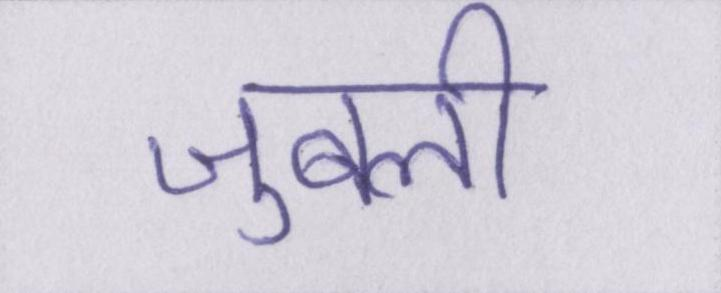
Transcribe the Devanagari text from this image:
जुबली